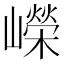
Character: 嶸